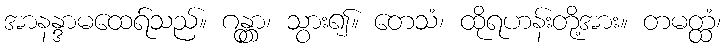
အာနန္ဒာမထေရ်သည်။ ဂန္တွာ၊ သွား၍။ တေသံ၊ ထိုရဟန်းတို့အား။ တမတ္ထံ၊